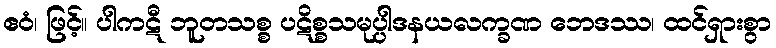
ဧဝံ၊ ဖြင့်။ ပါကဋီ ဘူတသစ္စ ပဋိစ္စသမုပ္ပါဒနယလက္ခဏ ဘေဒဿ၊ ထင်ရှားစွာ